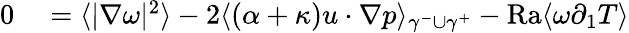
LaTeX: \begin{array}{rl}{0}&{{}=\langle|\nabla\omega|^{2}\rangle-2\langle(\alpha+\kappa)u\cdot\nabla p\rangle_{\gamma^{-}\cup\gamma^{+}}-\mathrm{{Ra}}\langle\omega\partial_{1}T\rangle}\end{array}